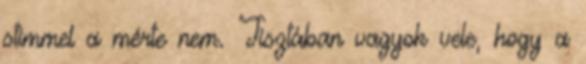
stimmel a mérte nem. Tisztában vagyok vele, hogy a